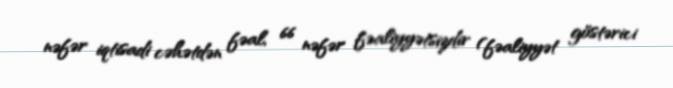
nəfər iqtisadi cəhətdən fəal, 66 nəfər fəaliyyətsizdir (fəaliyyət göstərici